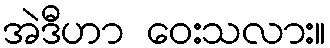
အဲဒီဟာ ဝေးသလား။